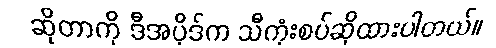
ဆိုတာကို ဒီအပိုဒ်က သီကုံးစပ်ဆိုထားပါတယ်။